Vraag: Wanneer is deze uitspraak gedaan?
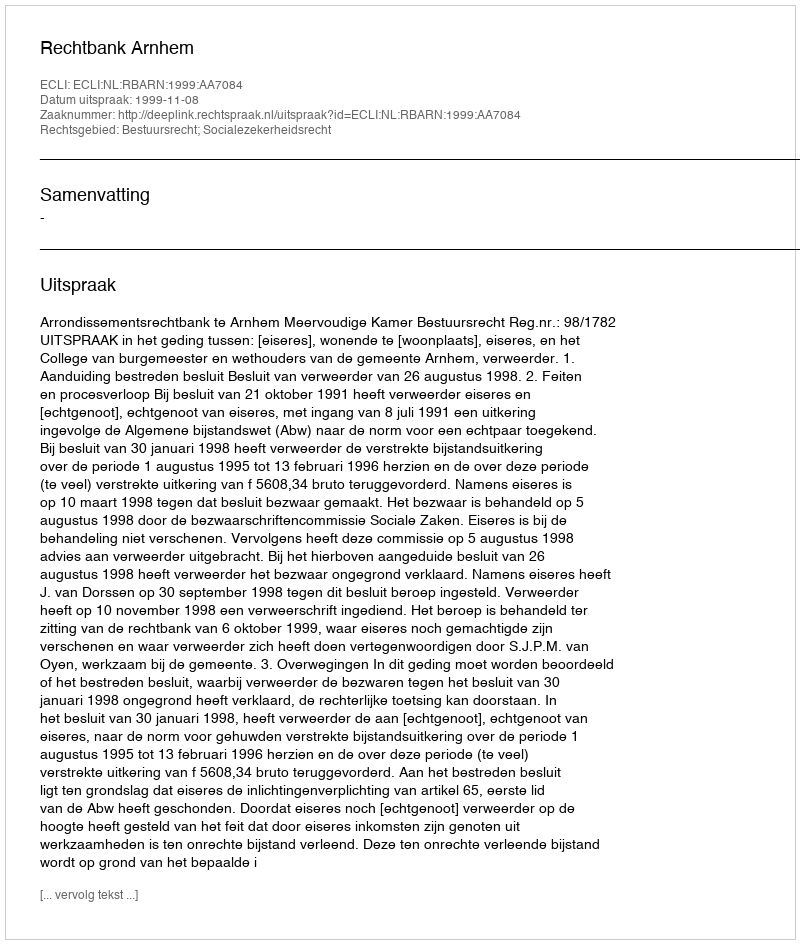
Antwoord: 1999-11-08